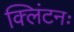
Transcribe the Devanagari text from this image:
क्लिंटनः